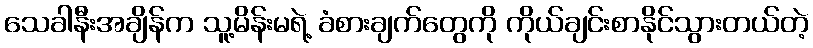
သေခါနီးအချိန်က သူ့မိန်းမရဲ့ ခံစားချက်တွေကို ကိုယ်ချင်းစာနိုင်သွားတယ်တဲ့